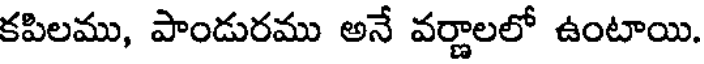
కపిలము, పాండురము అనే వర్ణాలలో ఉంటాయి.